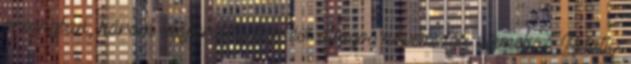
országban, három időperiódusban évi átlagos növekedési ütemek % Relatív